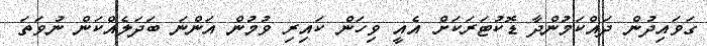
ގަވައިދުން ދައްކަމުންދާ ޑޮކުޓަރަކަށް އެއީ ވިހަން ކައިރި ވުމުން އަންނަ ބަދަލެއްކަން ނުވަތަ